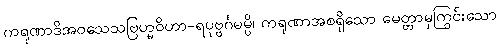
ကရုဏာဒိအဝသေသဗြဟ္မဝိဟာ-ရပုဗ္ဗင်္ဂမမ္ပိ၊ ကရုဏာအစရှိသော မေတ္တာမှကြွင်းသော